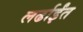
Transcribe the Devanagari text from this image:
लर्ढाईंत